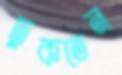
ঢুকতেন